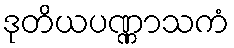
ဒုတိယပဏ္ဏာသကံ